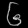
Digit: ၆